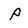
Character: P